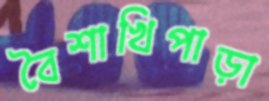
বৈশাখিপাড়া